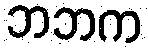
ဘဘက